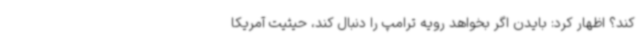
کند؟ اظهار کرد: بایدن اگر بخواهد رویه ترامپ را دنبال کند، حیثیت آمریکا